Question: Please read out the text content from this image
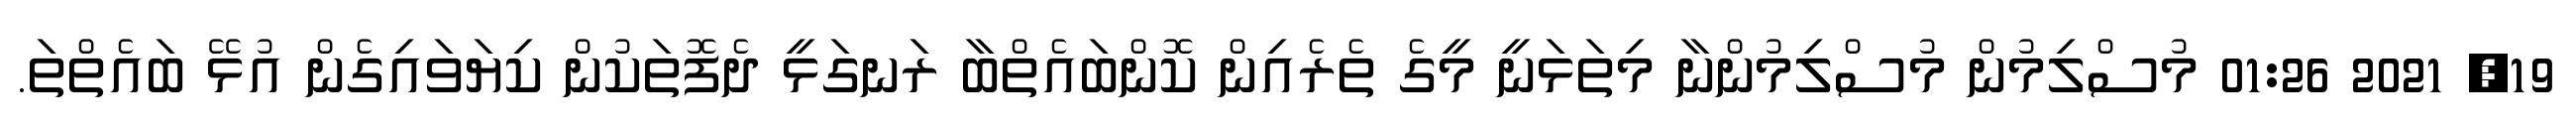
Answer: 19, 2021 01:26 މުސްލިމުން މުސްލިމުންނާ މިތަޅަނީ މީގެ ތެރެއިން ކޮންބައެތްބާ ރަނގަޅީ ދެފޮތަކުން ކިޔަވައިގެން އުޅޭ ބައެތްތަ.